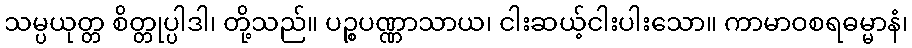
သမ္ပယုတ္တ စိတ္တုပ္ပါဒါ၊ တို့သည်။ ပဉ္စပဏ္ဏာသာယ၊ ငါးဆယ့်ငါးပါးသော။ ကာမာဝစရဓမ္မာနံ၊